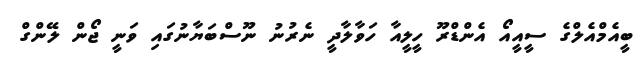
ބީއެމްއެލްގެ ސީއީއޯ އެންޑްރޫ ހީލީއާ ހަވާލާދީ ނެރުނު ނޫސްބަޔާނުގައި ވަނީ ޖޯން ލޭންގް